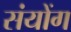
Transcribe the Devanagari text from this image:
संयोंग